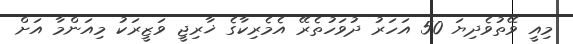
މިއީ ވޭތުވެދިޔަ 50 އަހަރު ދުވަހުތެރޭ އެމެރިކާގެ ޚާރިޖީ ވަޒީރަކު މިއަންމާ އަށް